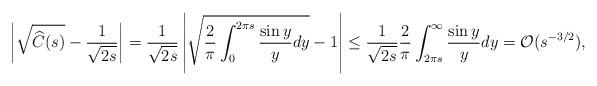
LaTeX: \begin{align*}\left|\sqrt{\widehat{C}(s)}-\frac{1}{\sqrt{2s}}\right|&=\frac{1}{\sqrt{2s}}\left|\sqrt{\frac{2}{\pi}\int_0^{2\pi s}\frac{\sin y}{y}dy}-1\right|\leq \frac{1}{\sqrt{2s}}\frac{2}{\pi}\int_{2\pi s}^\infty \frac{\sin y}{y}dy=\mathcal{O}(s^{-3/2}),\end{align*}